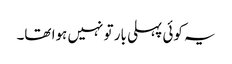
یہ کوئی پہلی بار تو نہیں ہوا تھا۔